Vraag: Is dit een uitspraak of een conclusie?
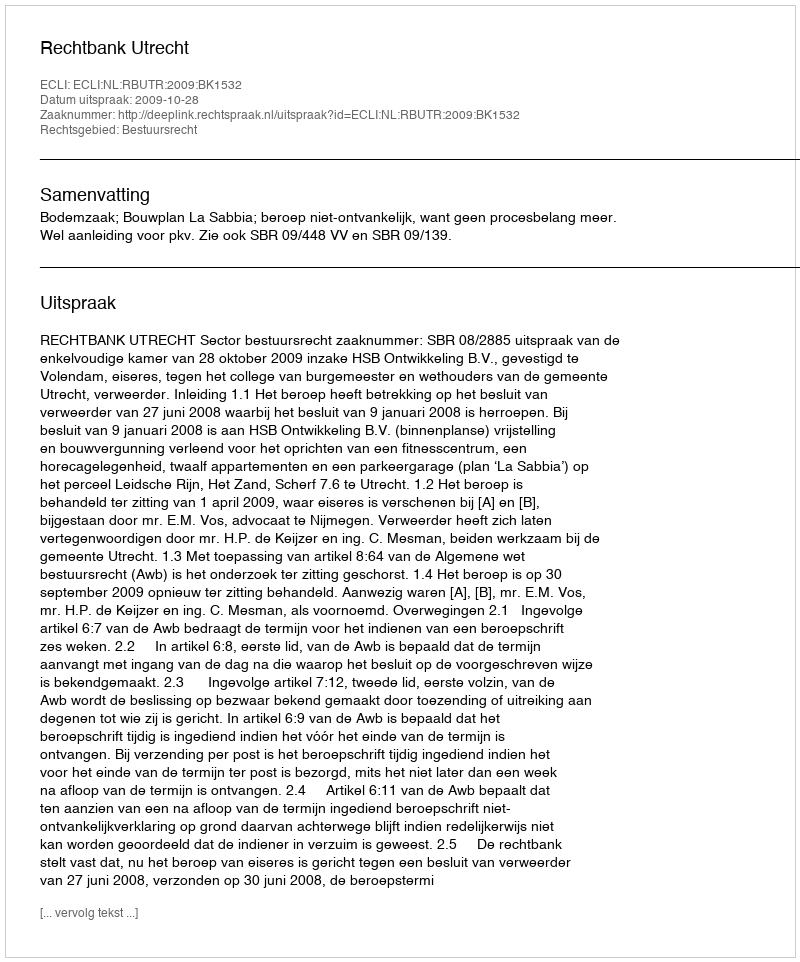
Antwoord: Uitspraak